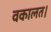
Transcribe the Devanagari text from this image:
वकालत।